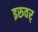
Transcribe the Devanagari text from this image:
इरुवर्